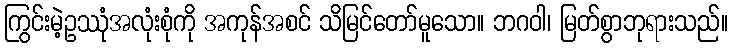
ကြွင်းမဲ့ဥဿုံအလုံးစုံကို အကုန်အစင် သိမြင်တော်မူသော။ ဘဂဝါ၊ မြတ်စွာဘုရားသည်။